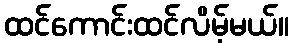
ထင်ကောင်းထင်လိမ့်မယ်။